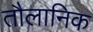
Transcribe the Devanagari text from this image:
तौलानिक